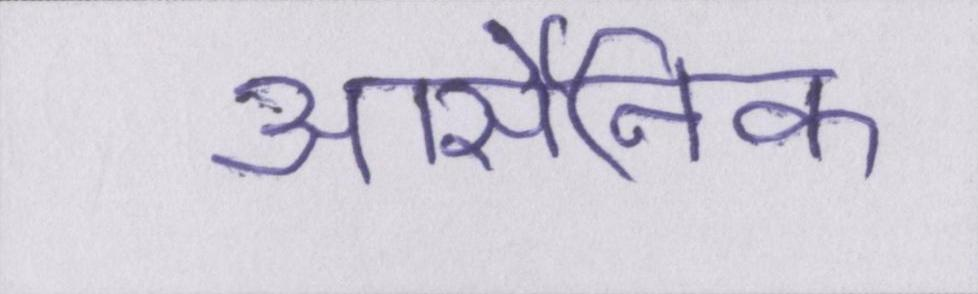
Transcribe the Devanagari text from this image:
आर्सेनिक